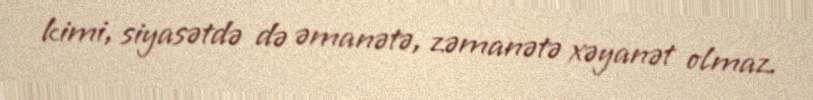
kimi, siyasətdə də əmanətə, zəmanətə xəyanət olmaz.